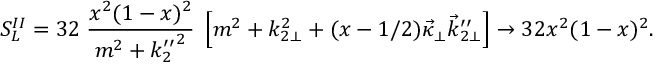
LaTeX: S _ { L } ^ { I I } = 3 2 \; \frac { x ^ { 2 } ( 1 - x ) ^ { 2 } } { m ^ { 2 } + { k _ { 2 } ^ { \prime \prime } } ^ { 2 } } \; \left[ m ^ { 2 } + k _ { 2 \perp } ^ { 2 } + ( x - 1 / 2 ) \vec { \kappa } _ { \perp } \vec { k } _ { 2 \perp } ^ { \prime \prime } \right] \to 3 2 x ^ { 2 } ( 1 - x ) ^ { 2 } .